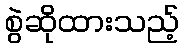
စွဲဆိုထားသည့်